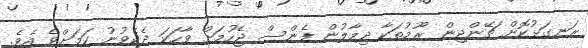
ރަނގަޅުކޮށް ޗޭންޖިން ރޫމުތަކާ ދިމާލުން ފެންސް ޖެހުމަށް ވާހަކަ ދެކެވުނު ކަމަށްވެ އެވެ.